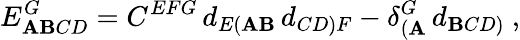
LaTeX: E_{\mathbf{A}\mathbf{B}CD}^{G}=C^{EFG}\, d_{E(\mathbf{A}\mathbf{B}}\, d_{CD)F}-\delta_{(\mathbf{A}}^{G}\, d_{\mathbf{B}CD)}\ ,